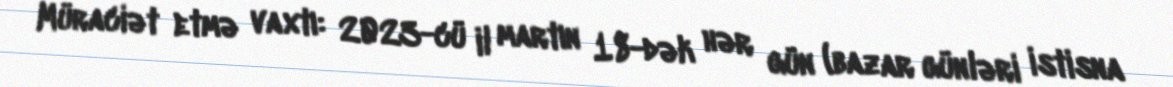
Müraciət etmə vaxtı: 2023-cü il martın 18-dək hər gün (bazar günləri istisna